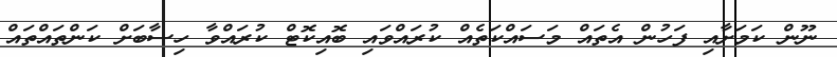
ނޫން ކަމަށާއި ފަހުން އެތައް މަސައްކަތެއް ކުރައްވައި ބޮއިކޮޓް ކުރައްވާ ހިސާބަށް ކަންތައްތައް